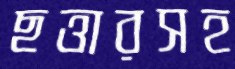
ছত্তারসহ